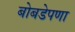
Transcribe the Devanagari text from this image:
बोबडेपणा